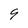
Character: 9